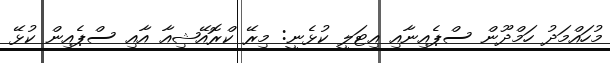
މުހައްމަދު ހަމްދޫން ސްޕެއިނާއި އިޓަލީ ކުޅެނީ: މިރޭ ކްރޮއޭޝިއާ އާއި ސްޕެއިން ކުޅޭ